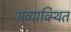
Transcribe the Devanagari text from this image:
अव्याव्स्थित